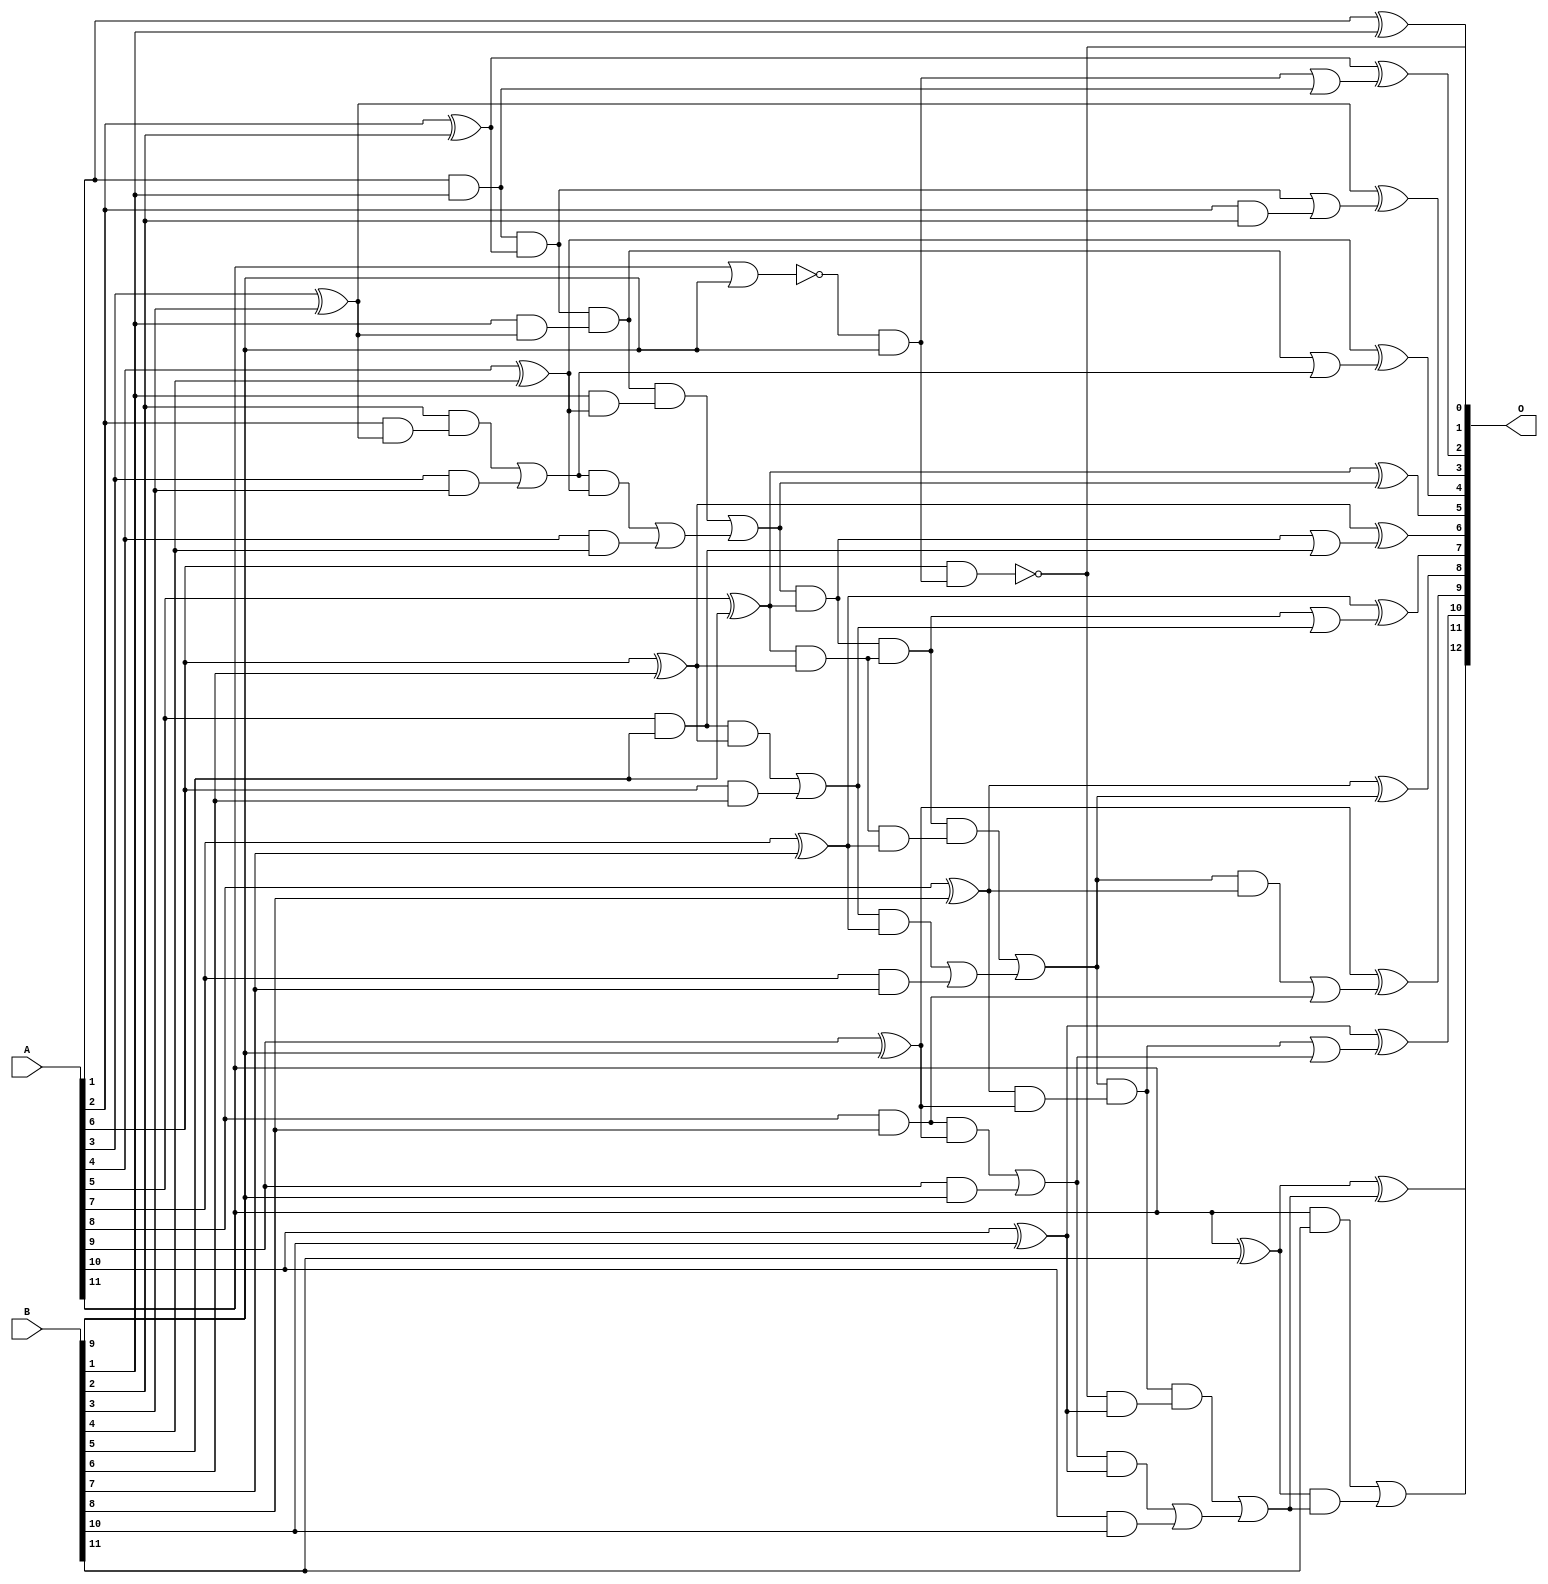
// This program was cloned from: https://github.com/ehw-fit/evoapproxlib
// License: MIT License

/***
* This code is a part of EvoApproxLib library (ehw.fit.vutbr.cz/approxlib) distributed under The MIT License.
* When used, please cite the following article(s): V. Mrazek, Z. Vasicek and R. Hrbacek, "Role of circuit representation in evolutionary design of energy-efficient approximate circuits" in IET Computers & Digital Techniques, vol. 12, no. 4, pp. 139-149, 7 2018. doi: 10.1049/iet-cdt.2017.0188 
* This file contains a circuit from a sub-set of pareto optimal circuits with respect to the pwr and mre parameters
***/
// MAE% = 0.0061 %
// MAE = 0.5 
// WCE% = 0.012 %
// WCE = 1.0 
// WCRE% = 50.00 %
// EP% = 50.00 %
// MRE% = 0.017 %
// MSE = 0.5 
// PDK45_PWR = 0.047 mW
// PDK45_AREA = 97.1 um2
// PDK45_DELAY = 0.88 ns

module add12u_20A(A, B, O);
  input [11:0] A, B;
  output [12:0] O;
  wire n_415, n_410, n_255, n_312, n_259, n_419, n_317, n_46, n_41, n_384;
  wire n_148, n_388, n_406, n_68, n_401, n_246, n_241, n_32, n_37, n_397;
  wire n_392, n_299, n_152, n_157, n_237, n_23, n_22, n_21, n_20, n_24;
  wire n_28, n_126, n_121, n_344, n_228, n_184, n_188, n_348, n_224, n_2;
  wire n_18, n_19, n_16, n_17, n_14, n_15, n_12, n_13, n_10, n_11;
  wire n_95, n_90, n_99, n_330, n_335, n_139, n_339, n_135, n_357, n_352;
  wire n_197, n_81, n_86, n_108, n_104, n_361, n_366, n_117, n_112, n_295;
  wire n_77, n_72, n_290, n_215, n_219, n_277, n_379, n_272, n_375, n_370;
  wire n_161, n_166, n_281, n_64, n_201, n_206, n_264, n_8, n_9, n_4;
  wire n_5, n_6, n_7, n_0, n_1, n_268, n_3, n_59, n_175, n_52;
  wire n_50, n_179, n_55;
  assign n_0 = A[0];
  assign n_1 = A[1];
  assign n_2 = A[2];
  assign n_3 = A[3];
  assign n_4 = A[4];
  assign n_5 = A[5];
  assign n_6 = A[6];
  assign n_7 = A[7];
  assign n_8 = A[8];
  assign n_9 = A[9];
  assign n_10 = A[10];
  assign n_11 = A[11];
  assign n_12 = B[0];
  assign n_13 = B[1];
  assign n_14 = B[2];
  assign n_15 = B[3];
  assign n_16 = B[4];
  assign n_17 = B[5];
  assign n_18 = B[6];
  assign n_19 = B[7];
  assign n_20 = B[8];
  assign n_21 = B[9];
  assign n_22 = B[10];
  assign n_23 = B[11];
  assign n_24 = ~(n_11 | n_21);
  assign n_28 = n_24 & n_21;
  assign n_32 = n_1 ^ n_13;
  assign n_37 = n_1 & n_13;
  assign n_41 = n_2 ^ n_14;
  assign n_46 = n_2 & n_14;
  assign n_50 = n_3 ^ n_15;
  assign n_52 = ~(n_6 & n_28);
  assign n_55 = n_3 & n_15;
  assign n_59 = n_4 ^ n_16;
  assign n_64 = n_4 & n_16;
  assign n_68 = n_5 ^ n_17;
  assign n_72 = n_5 & n_17;
  assign n_77 = n_6 ^ n_18;
  assign n_81 = n_6 & n_18;
  assign n_86 = n_7 ^ n_19;
  assign n_90 = n_7 & n_19;
  assign n_95 = n_8 ^ n_20;
  assign n_99 = n_8 & n_20;
  assign n_104 = n_9 ^ n_21;
  assign n_108 = n_9 & n_21;
  assign n_112 = n_10 ^ n_22;
  assign n_117 = n_10 & n_22;
  assign n_121 = n_11 ^ n_23;
  assign n_126 = n_11 & n_23;
  assign n_135 = n_28 | n_37;
  assign n_139 = n_2 & n_50;
  assign n_148 = n_13 & n_50;
  assign n_152 = n_14 & n_139;
  assign n_157 = n_152 | n_55;
  assign n_161 = n_157 & n_59;
  assign n_166 = n_161 | n_64;
  assign n_175 = n_13 & n_59;
  assign n_179 = n_72 & n_77;
  assign n_184 = n_179 | n_81;
  assign n_188 = n_68 & n_77;
  assign n_197 = n_179 | n_81;
  assign n_201 = n_197 & n_86;
  assign n_206 = n_201 | n_90;
  assign n_215 = n_188 & n_86;
  assign n_219 = n_99 & n_104;
  assign n_224 = n_219 | n_108;
  assign n_228 = n_95 & n_104;
  assign n_237 = n_224;
  assign n_241 = n_237 & n_112;
  assign n_246 = n_241 | n_117;
  assign n_255 = n_52 & n_112;
  assign n_259 = n_37 & n_41;
  assign n_264 = n_259 | n_46;
  assign n_268 = n_259 & n_148;
  assign n_272 = n_268 | n_157;
  assign n_277 = n_268 & n_175;
  assign n_281 = n_277 | n_166;
  assign n_290 = n_277 | n_166;
  assign n_295 = n_290 & n_68;
  assign n_299 = n_295 | n_72;
  assign n_312 = n_295 & n_188;
  assign n_317 = n_312 | n_184;
  assign n_330 = n_312 & n_215;
  assign n_335 = n_330 | n_206;
  assign n_339 = n_335 & n_95;
  assign n_344 = n_339 | n_99;
  assign n_348 = n_335 & n_228;
  assign n_352 = n_348 | n_224;
  assign n_357 = n_348 & n_255;
  assign n_361 = n_357 | n_246;
  assign n_366 = n_32;
  assign n_370 = n_41 ^ n_135;
  assign n_375 = n_50 ^ n_264;
  assign n_379 = n_59 ^ n_272;
  assign n_384 = n_68 ^ n_281;
  assign n_388 = n_77 ^ n_299;
  assign n_392 = n_86 ^ n_317;
  assign n_397 = n_95 ^ n_335;
  assign n_401 = n_104 ^ n_344;
  assign n_406 = n_112 ^ n_352;
  assign n_410 = n_121 ^ n_361;
  assign n_415 = n_121 & n_361;
  assign n_419 = n_126 | n_415;
  assign O[0] = n_52;
  assign O[1] = n_366;
  assign O[2] = n_370;
  assign O[3] = n_375;
  assign O[4] = n_379;
  assign O[5] = n_384;
  assign O[6] = n_388;
  assign O[7] = n_392;
  assign O[8] = n_397;
  assign O[9] = n_401;
  assign O[10] = n_406;
  assign O[11] = n_410;
  assign O[12] = n_419;
endmodule